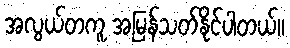
အလွယ်တကူ အမြန်သတ်နိုင်ပါတယ်။